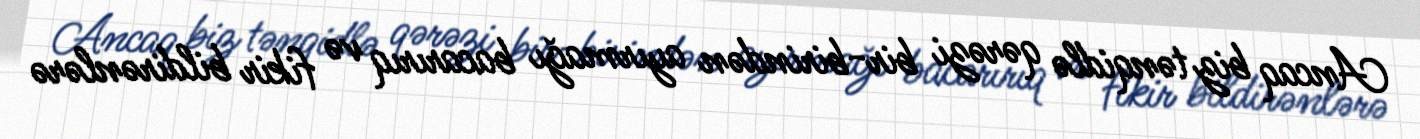
Ancaq biz tənqidlə qərəzi bir-birindən ayırmağı bacarırıq və fikir bildirənlərə